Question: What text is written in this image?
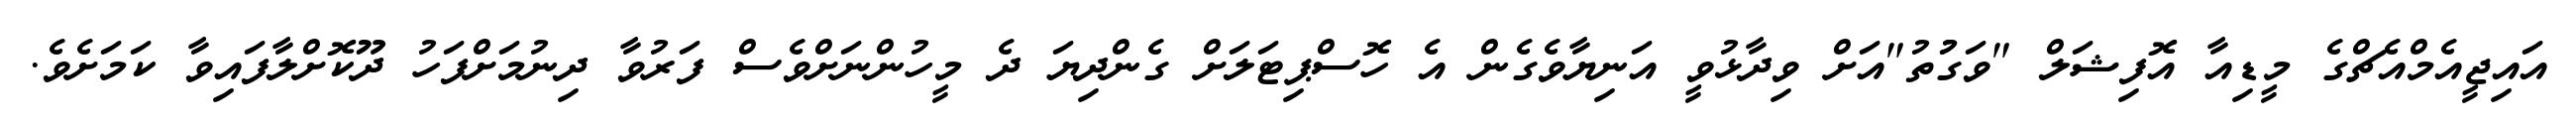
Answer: އައިޖީއެމްއެޗްގެ މީޑިއާ އޮފިޝަލް "ވަގުުތު"އަށް ވިދާޅުވީ އަނިޔާވެގެން އެ ހޮސްޕިޓަލަށް ގެންދިޔަ ދެ މީހުންނަށްވެސް ފަރުވާ ދިނުމަށްފަހު ދޫކޮށްލާފައިވާ ކަމަށެވެ.